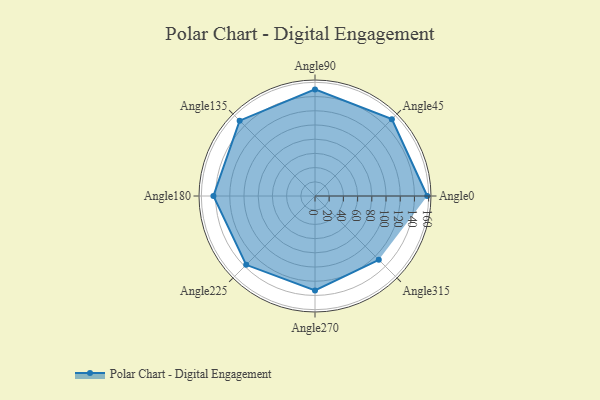
{"axis": {"x": "Angle", "y": "Radius"}, "legend": [""], "data": [{"x": "Angle0", "y": 158.0, "type": ""}, {"x": "Angle45", "y": 153.0, "type": ""}, {"x": "Angle90", "y": 150.0, "type": ""}, {"x": "Angle135", "y": 150.0, "type": ""}, {"x": "Angle180", "y": 143.0, "type": ""}, {"x": "Angle225", "y": 137.0, "type": ""}, {"x": "Angle270", "y": 133.0, "type": ""}, {"x": "Angle315", "y": 127.0, "type": ""}]}